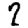
Digit: 7